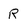
Character: R